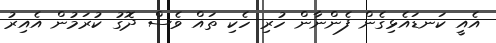
އެއީ ކަނޑައެޅިގެން ފެންނާން ހުރި ހެކި ތައް ވެސް ދޮގު ކުރަމުން އެއިރު